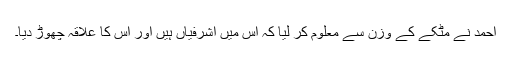
احمد نے مٹکے کے وزن سے معلوم کر لیا کہ اس میں اشرفیاں ہیں اور اس کا علاقہ چھوڑ دیا۔